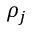
\rho _ { j }